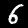
Label: 6